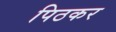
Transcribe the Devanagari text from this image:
पिठकर